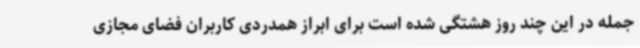
جمله در این چند روز هشتگی شده است برای ابراز همدردی کاربران فضای مجازی